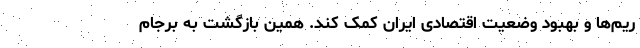
ریم‌ها و بهبود وضعیت اقتصادی ایران کمک کند. همین بازگشت به برجام